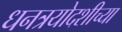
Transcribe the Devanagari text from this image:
धनत्रयोदशीच्या